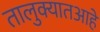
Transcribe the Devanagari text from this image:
तालुक्यातआहे